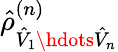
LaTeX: \hat{\rho}_{\hat{V}_{1}\hdots\hat{V}_{n}}^{(n)}